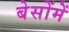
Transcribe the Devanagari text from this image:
बेसोंमें